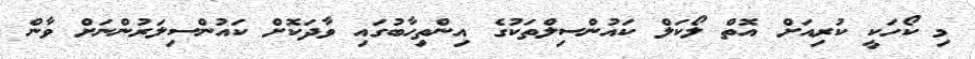
މި ކޯހަކީ ކުރިއަށް އޮތް ލޯކަލް ކައުންސިލްތަކުގެ އިންތިހާބުގައި ވާދަކޮށް ކައުންސިލަރުންނަށް ވާން